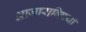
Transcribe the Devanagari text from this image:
आजाराविषयी